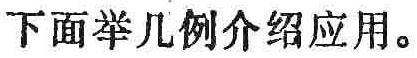
下面举几例介绍应用。